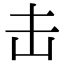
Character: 击